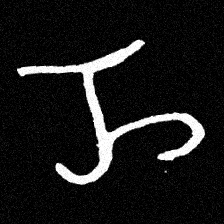
Pyu character \u2014 Myanmar letter: ည (romanized: nya)